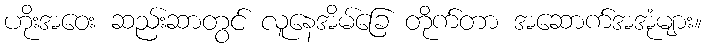
ဟိုးအဝေး ဆည်းဆာတွင် လူနေအိမ်ခြေ တိုက်တာ အဆောက်အအုံများ။